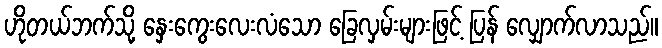
ဟိုတယ်ဘက်သို့ နှေးကွေးလေးလံသော ခြေလှမ်းများဖြင့် ပြန် လျှောက်လာသည်။